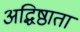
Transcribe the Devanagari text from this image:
अद्धिष्ठाता